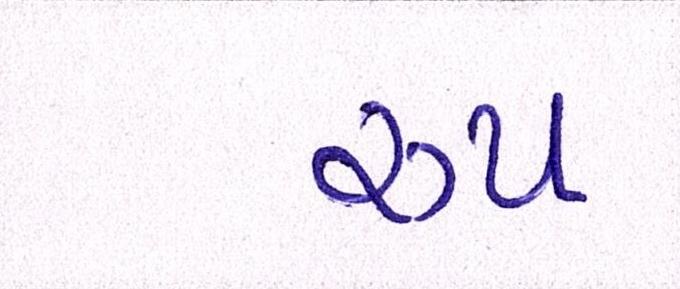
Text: રૂપ